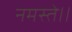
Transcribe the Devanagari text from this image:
नमस्ते।।